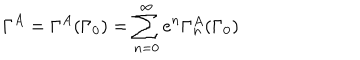
\Gamma ^ { A } = \Gamma ^ { A } ( \Gamma _ { 0 } ) = \sum _ { n = 0 } ^ { \infty } e ^ { n } \Gamma _ { n } ^ { A } ( \Gamma _ { 0 } )